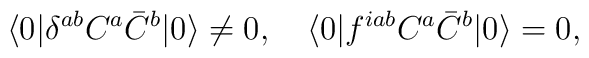
\langle 0| \delta^{ab} C^a \bar C^b |0 \rangle \not= 0 ,\quad   \langle 0| f^{iab}  C^a \bar C^b |0 \rangle  = 0 ,